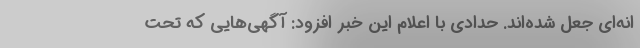
انه‌ای جعل شده‌اند. حدادی با اعلام این خبر افزود: آگهی‌هایی که تحت